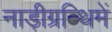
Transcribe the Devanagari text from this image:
नाड़ीग्रन्थिमें